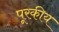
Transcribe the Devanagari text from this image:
पूरकीय